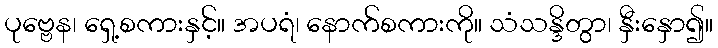
ပုဗ္ဗေန၊ ရှေ့စကားနှင့်။ အပရံ၊ နောက်စကားကို။ သံသန္ဒိတွာ၊ နှီးနှော၍။